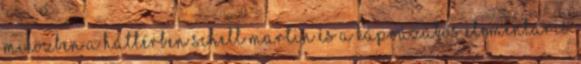
miközben a háttérben Schell Martin és a káprázatos elementáris